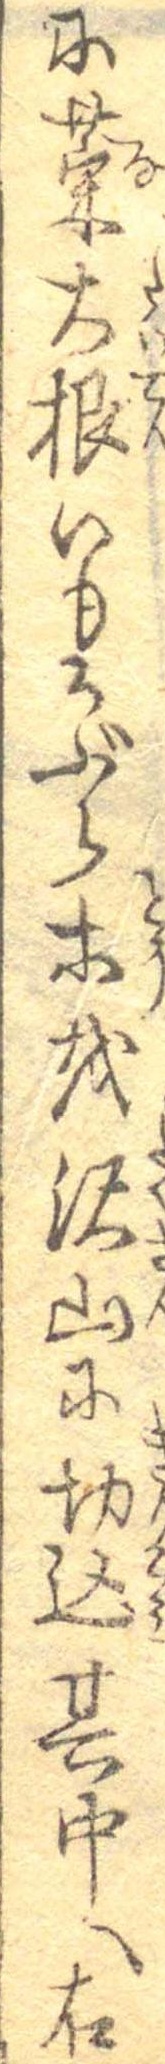
に菜大根いもかぶら等を沢山に切込其中へ右